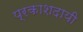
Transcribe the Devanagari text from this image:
प्रकाशदायी